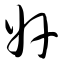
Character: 奸